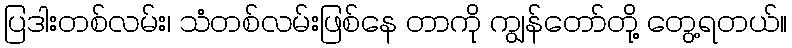
ပြဒါးတစ်လမ်း၊ သံတစ်လမ်းဖြစ်နေ တာကို ကျွန်တော်တို့ တွေ့ရတယ်။